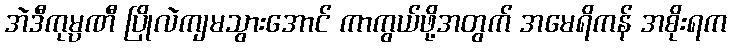
အဲဒီကုမ္ပဏီ ပြိုလဲကျမသွားအောင် ကာကွယ်ဖို့အတွက် အမေရိကန် အစိုးရက